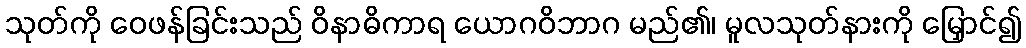
သုတ်ကို ဝေဖန်ခြင်းသည် ဝိနာဓိကာရ ယောဂဝိဘာဂ မည်၏၊ မူလသုတ်နားကို မြှောင်၍